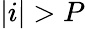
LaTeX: |i|>P